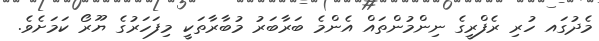
މެދުގައ ހުރި ރެފްރީގެ ނިންމުންތައް އެންމެ ބަރާބަރު މުބާރާތަކީ މިފަހަރުގެ ޔޫރޯ ކަމަށެވެ.